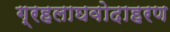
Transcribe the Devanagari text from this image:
ग्रहलाघवोदाहरण